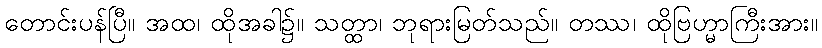
တောင်းပန်ပြီ။ အထ၊ ထိုအခါ၌။ သတ္ထာ၊ ဘုရားမြတ်သည်။ တဿ၊ ထိုဗြဟ္မာကြီးအား။